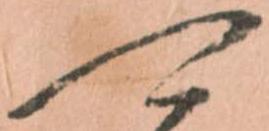
可